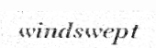
windswept